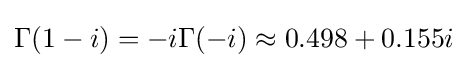
\Gamma (1-i)=-i\Gamma (-i)\approx 0.498+0.155i